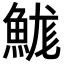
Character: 𩷙